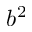
b ^ { 2 }